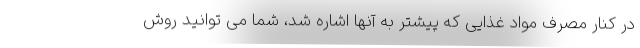
در کنار مصرف مواد غذایی که پیشتر به آنها اشاره شد، شما می توانید روش